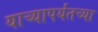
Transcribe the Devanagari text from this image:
याच्यापर्यंतच्या